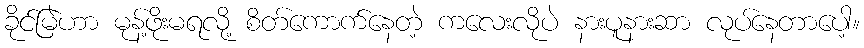
ခိုင်မြဲဟာ မုန့်ဖိုးမရလို့ စိတ်ကောက်နေတဲ့ ကလေးလိုပဲ နားပူနားဆာ လုပ်နေတာပေါ့။